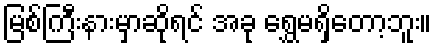
မြစ်ကြီးနားမှာဆိုရင် အခု ရွှေမရှိတော့ဘူး။